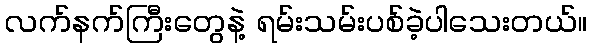
လက်နက်ကြီးတွေနဲ့ ရမ်းသမ်းပစ်ခဲ့ပါသေးတယ်။